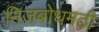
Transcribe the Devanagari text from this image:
निजबोधमठी